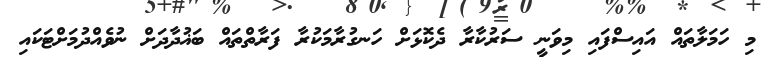
މި ހަމަލާތައް އައިސްފައި މިވަނީ ސަރުކާރާ ދެކޮޅަށް ހަނގުރާމަކުރާ ފަރާތްތައް ބަޣުދާދަށް ނުވެއްދުމަށްޓަކައި